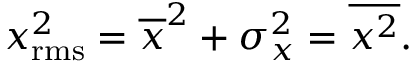
x _ { \mathrm { r m s } } ^ { 2 } = { \overline { { x } } } ^ { 2 } + \sigma _ { x } ^ { 2 } = { \overline { { x ^ { 2 } } } } .